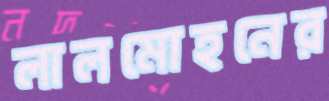
লালমোহনের